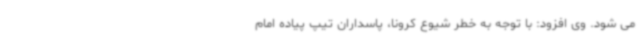
می شود. وی افزود: با توجه به خطر شیوع کرونا، پاسداران تیپ پیاده امام